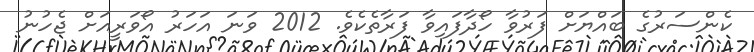
ކެންސަރުގެ ބައްޔަށް ފަރުވާ ހޯދާފައިވާ ފަރާތެކެވެ. 2012 ވަނަ އަހަރު އޯވަރީއަށް ޖެހުނު